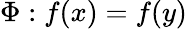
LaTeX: \Phi:f(x)=f(y)